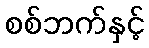
စစ်ဘက်နှင့်